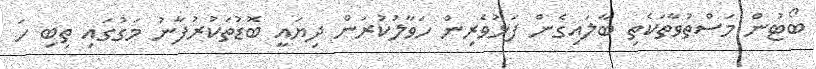
ބޯޓުން މަސްތުވާތަކެތި ބާލައިގެން ފަޅުވެރިން ހަވާލުކުރަން ދިޔައީ ބޮޑުތަކުރުފާނު މަގުގައި ތިބި ހަ